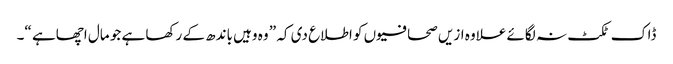
ڈاک ٹکٹ نہ لگائے علاوہ ازیں صحافیوں کو اطلاع دی کہ ” وہ وہیں باندھ کے رکھا ہے جو مال اچھاہے “۔